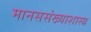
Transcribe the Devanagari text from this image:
मानससंख्याशास्त्र